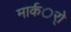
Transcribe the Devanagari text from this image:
मार्कर्ो